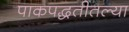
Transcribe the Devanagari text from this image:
पाकपद्धतीतल्या